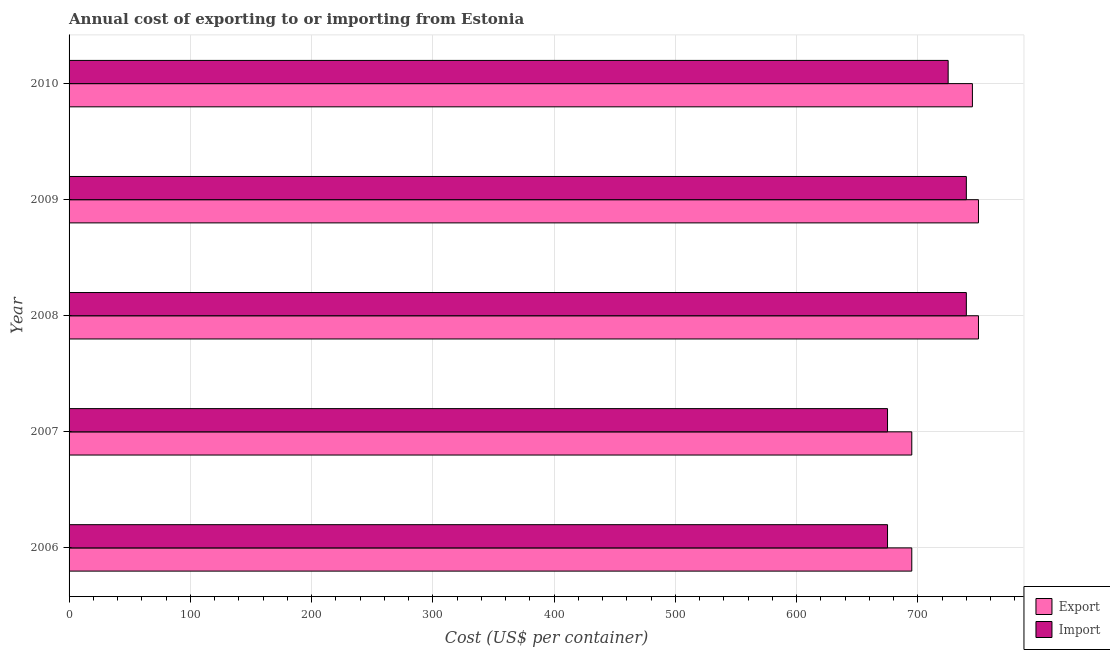
| Year | Export | Import |
 | --- | --- | --- |
 | 2006 | 695 | 675 |
 | 2007 | 695 | 675 |
 | 2008 | 750 | 740 |
 | 2009 | 750 | 740 |
 | 2010 | 745 | 725 |